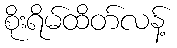
စိုးရိမ်ထိတ်လန့်